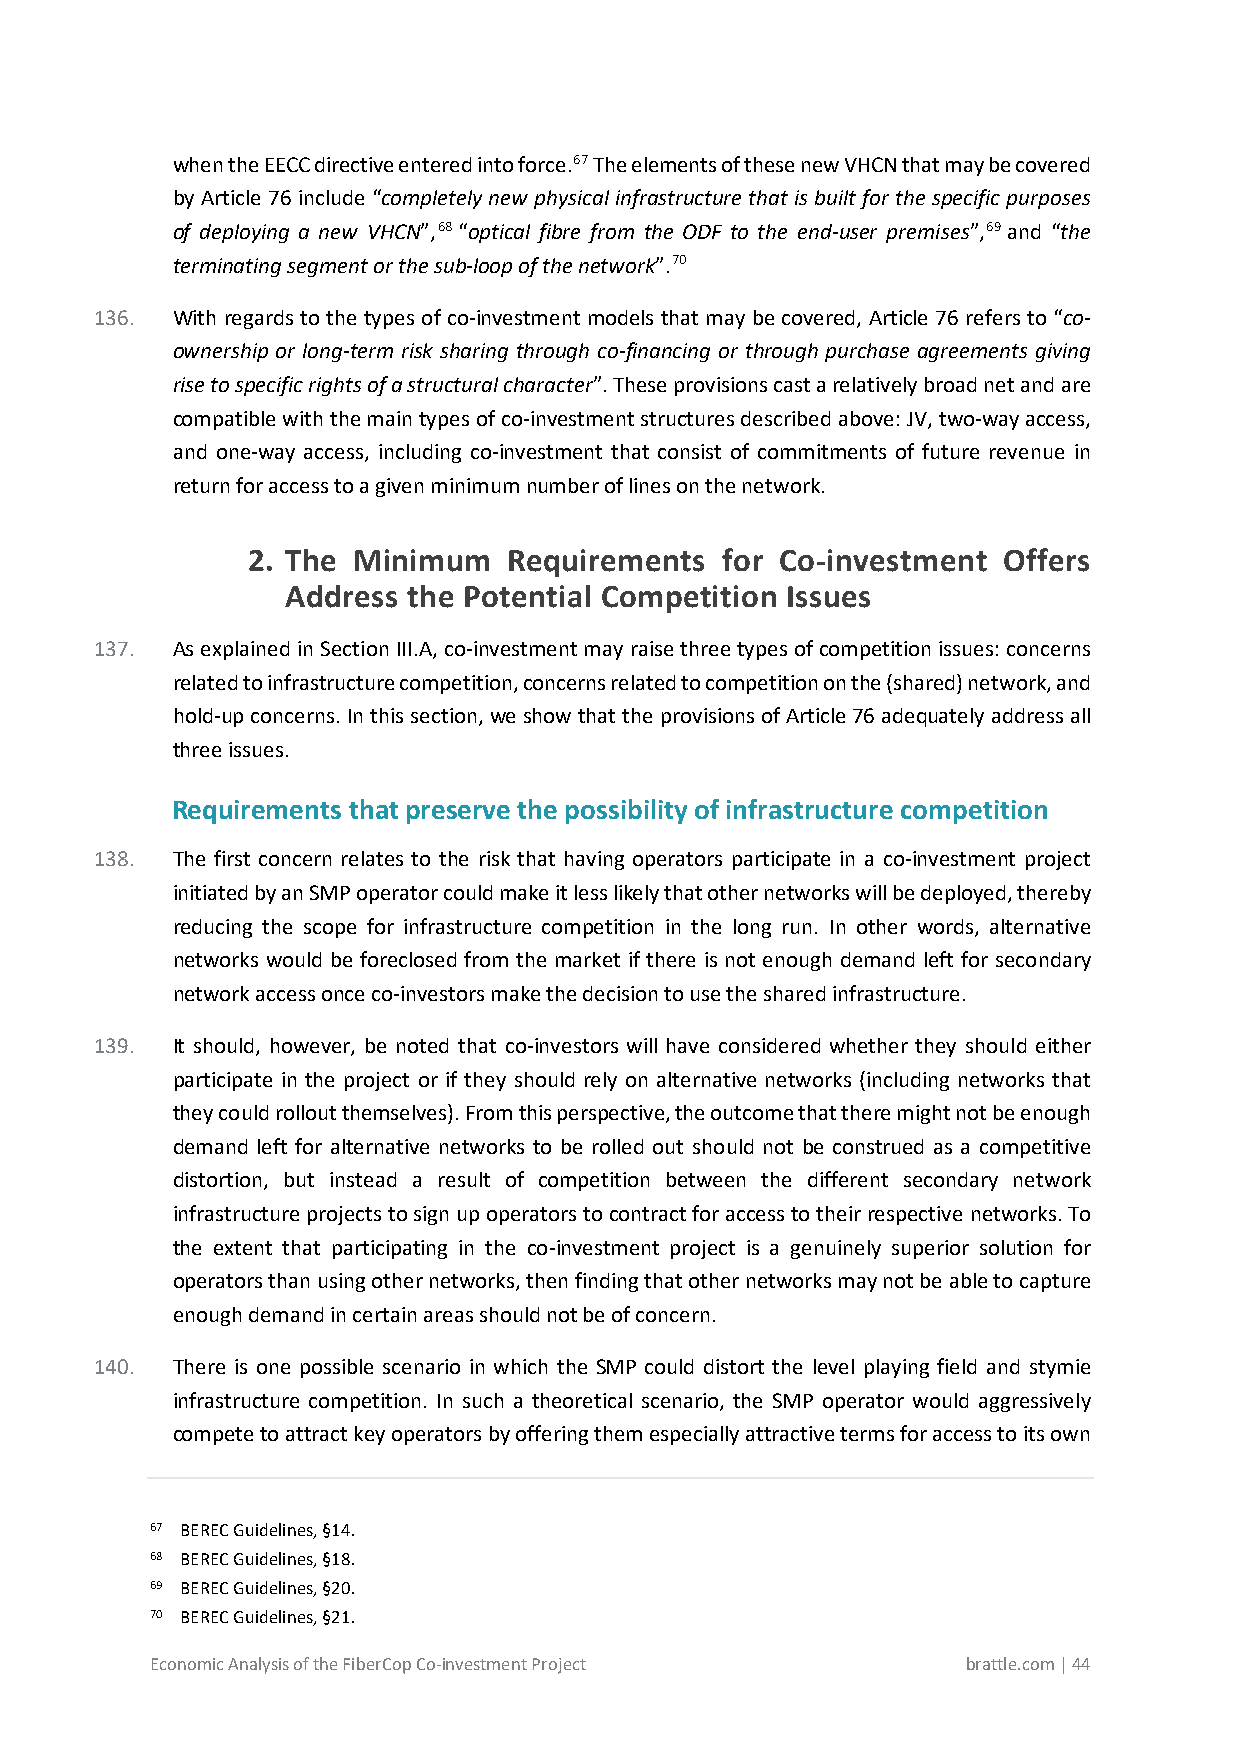
when the EECC directive entered into force.67 The elements of these new VHCN that may be covered
 by Article 76 include “completely new physical infrastructure that is built for the specific purposes
 of deploying a new VHCN”,68 “optical fibre from the ODF to the end-user premises”,69 and “the
 terminating segment or the sub-loop of the network”.70
 136. With regards to the types of co-investment models that may be covered, Article 76 refers to “co-
 ownership or long-term risk sharing through co-financing or through purchase agreements giving
 rise to specific rights of a structural character”. These provisions cast a relatively broad net and are
 compatible with the main types of co-investment structures described above: JV, two-way access,
 and one-way access, including co-investment that consist of commitments of future revenue in
 return for access to a given minimum number of lines on the network.
 2. The Minimum    Requirements  for Co-investment Offers
 Address the Potential Competition Issues
 137. As explained in Section III.A, co-investment may raise three types of competition issues: concerns
 related to infrastructure competition, concerns related to competition on the (shared) network, and
 hold-up concerns. In this section, we show that the provisions of Article 76 adequately address all
 three issues.
 Requirements that preserve the possibility of infrastructure competition
 138. The first concern relates to the risk that having operators participate in a co-investment project
 initiated by an SMP operator could make it less likely that other networks will be deployed, thereby
 reducing the scope for infrastructure competition in the long run. In other words, alternative
 networks would be foreclosed from the market if there is not enough demand left for secondary
 network access once co-investors make the decision to use the shared infrastructure.
 139. It should, however, be noted that co-investors will have considered whether they should either
 participate in the project or if they should rely on alternative networks (including networks that
 they could rollout themselves). From this perspective, the outcome that there might not be enough
 demand left for alternative networks to be rolled out should not be construed as a competitive
 distortion, but instead a result of competition between the different secondary network
 infrastructure projects to sign up operators to contract for access to their respective networks. To
 the extent that participating in the co-investment project is a genuinely superior solution for
 operators than using other networks, then finding that other networks may not be able to capture
 enough demand in certain areas should not be of concern.
 140. There is one possible scenario in which the SMP could distort the level playing field and stymie
 infrastructure competition. In such a theoretical scenario, the SMP operator would aggressively
 compete to attract key operators by offering them especially attractive terms for access to its own
 67 BEREC Guidelines, §14.
 68 BEREC Guidelines, §18.
 69 BEREC Guidelines, §20.
 70 BEREC Guidelines, §21.
 Economic Analysis of the FiberCop Co-investment Project brattle.com | 44